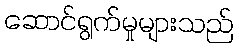
ဆောင်ရွက်မှုများသည်